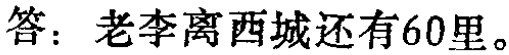
答：老李离西城还有60里。